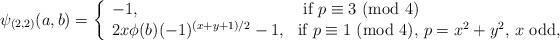
LaTeX: \begin{align*}\psi_{(2,2)}(a,b)=\left\{\begin{array}{ll}-1, & \textrm{ if $p\equiv 3$ (mod $4$)} \\2x\phi(b)(-1)^{(x+y+1)/2}-1, & \textrm{if $p\equiv 1$ (mod $4$), $p=x^2+y^2$, $x$ odd}, \end{array}\right.\end{align*}